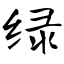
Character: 绿